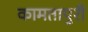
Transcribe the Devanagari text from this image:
कामतापुरी